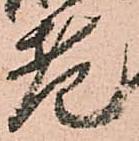
老